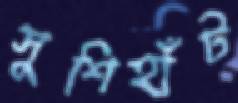
সুশিহাঁট